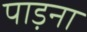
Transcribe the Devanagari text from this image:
पाड़ना